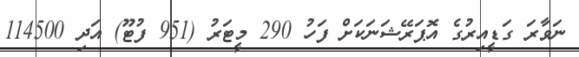
ނަވާރަ ގަޑީއިރުގެ އޮޕަރޭޝަނަކަށް ފަހު 290 މީޓަރު (951 ފުޓޫ) އަދި 114500